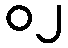
၀၂